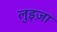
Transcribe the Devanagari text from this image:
लुइज़ा